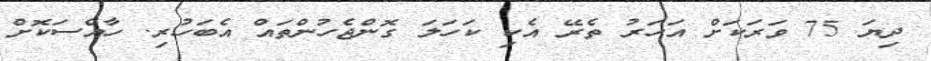
ދިޔަ 75 ވަރަކަށް އަހަރު ތެރޭ އެކި ކަހަލަ ގޮންޖެހުންތައް އެބަހުރި. ހާއްސަކޮށް